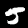
Label: 5